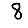
Digit: 8